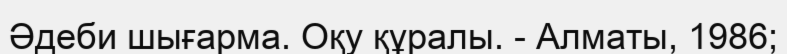
Әдеби шығарма. Оқу құралы. - Алматы, 1986;